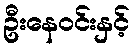
ဦးနေဝင်းနှင့်